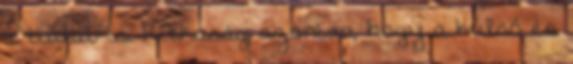
a tudat is. Ritkaság azonban, hogy a külső és